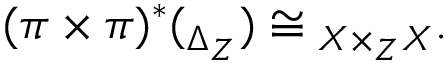
( \pi \times \pi ) ^ { * } ( \O _ { \Delta _ { Z } } ) \cong \O _ { X \times _ { Z } X } .